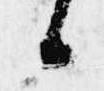
候